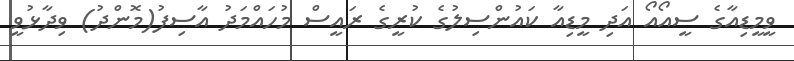
ވީމީޑިއާގެ ސީއޯއޯ އަދި މީޑިއާ ކައުންސިލުގެ ކުރީގެ ރައީސް މުހައްމަދު އާސިފު(މޮންދު) ވިދާޅުވީ